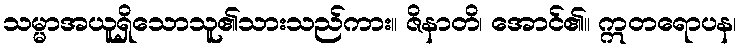
သမ္မာအယူရှိသောသူ၏သားသည်ကား။ ဇိနာတိ၊ အောင်၏။ ဣတရောပန၊